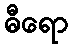
ဓီရော